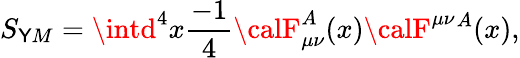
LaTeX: S_{\mathsf{Y}M}=\intd^{4}x{\frac{{-1}}{{4}}}{\calF}_{\mu\nu}^{A}(x){\calF}^{\mu\nu}{}^{A}(x),